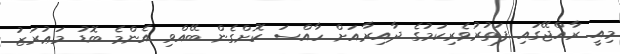
މިއީ ރާއްޖޭގައި ފަތުރުވެރިކަމުގެ ދާއިރާއަށް ހާއްސަ ކޮށްގެން ބޭއްވި އެންމެ ބޮޑު މަޢުރަޒު